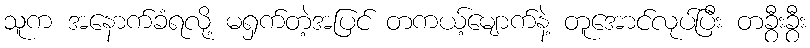
သူက အနောက်ခံရလို့ မရှက်တဲ့အပြင် တကယ့်မျောက်နဲ့ တူအောင်လုပ်ပြီး တခွီးခွီး